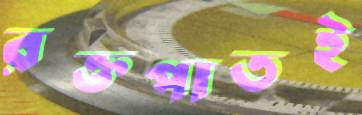
রক্তপাতই